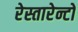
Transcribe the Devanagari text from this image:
रेस्तारेन्टों